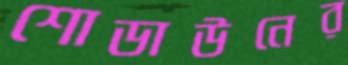
শোডাউনের